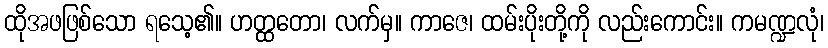
ထိုအဖဖြစ်သော ရသေ့၏။ ဟတ္ထတော၊ လက်မှ။ ကာဇေ၊ ထမ်းပိုးတို့ကို လည်းကောင်း။ ကမဏ္ဍလုံ၊